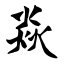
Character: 焱